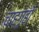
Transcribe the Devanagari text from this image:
चाहगृहों